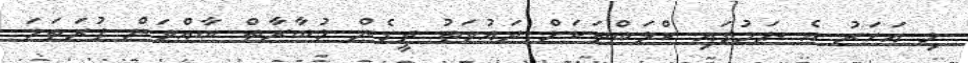
މި އަހަރު އެ ނަމުގައި ކްލަބްތަކަށް ދައުވަތު ދީގެން މުބާރާތް ބާއްވަން ފުރަތަމަ